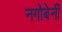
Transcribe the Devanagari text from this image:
नगोबेनी